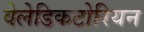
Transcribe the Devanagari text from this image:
वेलेडिकटोरियन